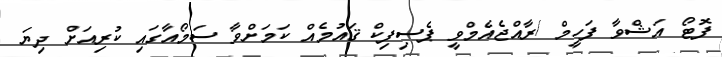
ފޮޓޯ އަޝްވާ ފަހީމް /ރާއްޖެއެމްވީ ޕެސިފިކް ޤައުމެއް ކަމަށްވާ ސަމޯއާގައި ކުރިއަށް ދިޔަ